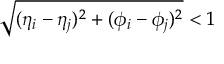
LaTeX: \sqrt { ( \eta _ { i } - \eta _ { j } ) ^ { 2 } + ( \phi _ { i } - \phi _ { j } ) ^ { 2 } } < 1